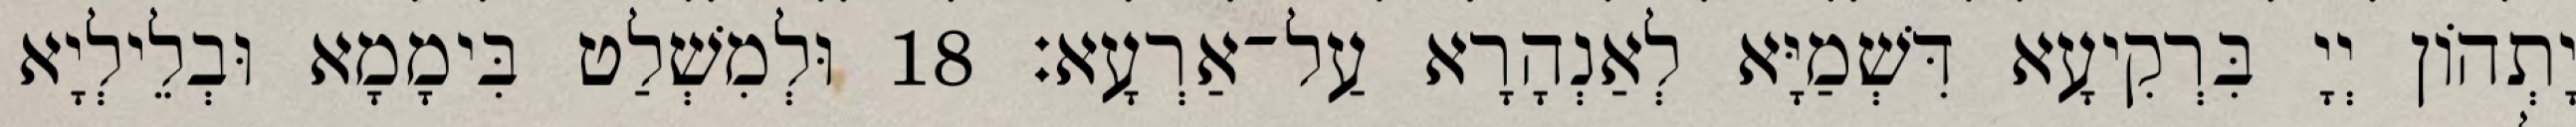
יָתְהוֹן יְיָ בִּרְקִיעָא דִּשְׁמַיָּא לְאַנְהָרָא עַל־אַרְעָא׃ 18 וּלְמִשְׁלַט בִּימָמָא וּבְלֵילְיָא